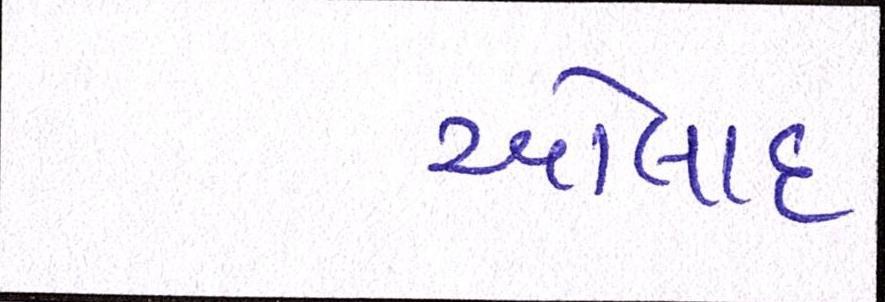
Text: ઓલાદ